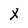
Character: X